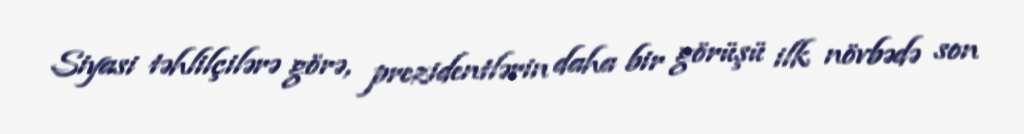
Siyasi təhlilçilərə görə, prezidentlərin daha bir görüşü ilk növbədə son